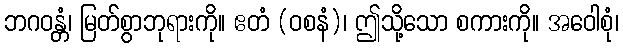
ဘဂဝန္တံ၊ မြတ်စွာဘုရားကို။ ဧတံ (ဝစနံ)၊ ဤသို့သော စကားကို။ အဝေါစုံ၊